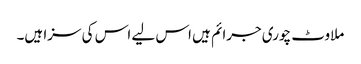
ملاوٹ چوری جرائم ہیں اس لیے اس کی سزا ہیں۔